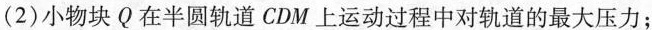
(2)小物块Q在半圆轨道CDM上运动过程中对轨道的最大压力；